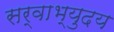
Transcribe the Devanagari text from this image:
सर्वाभ्युदय